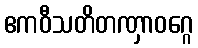
ဧကဝီသတိတဏှာဝဂ္ဂေ